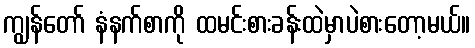
ကျွန်တော် နံနက်စာကို ထမင်းစားခန်းထဲမှာပဲစားတော့မယ်။